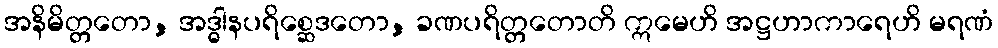
အနိမိတ္တတော, အဒ္ဓါနပရိစ္ဆေဒတော, ခဏပရိတ္တတောတိ ဣမေဟိ အဋ္ဌဟာကာရေဟိ မရဏံ